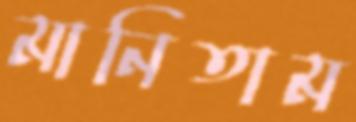
মানিতাম